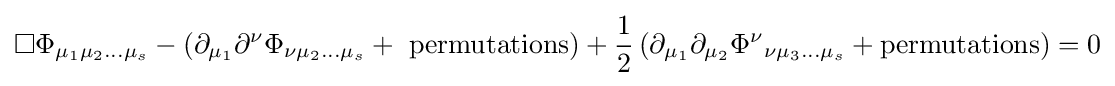
\square \Phi _{\mu _{1}\mu _{2}...\mu _{s}}-\left(\partial _{\mu _{1}}\partial ^{\nu }\Phi _{\nu \mu _{2}...\mu _{s}}+{\text{ permutations}}\right)+{\frac {1}{2}}\left(\partial _{\mu _{1}}\partial _{\mu _{2}}\Phi ^{\nu }{}_{\nu \mu _{3}...\mu _{s}}+{\text{permutations}}\right)=0